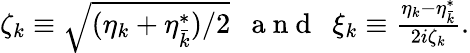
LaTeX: \begin{array}{r}{\zeta_{k}\equiv\sqrt{(\eta_{k}+\eta_{\bar{k}}^{*})/2}\ \ \mathrm{~a~n~d~}\ \ \xi_{k}\equiv\frac{\eta_{k}-\eta_{\bar{k}}^{*}}{2i\zeta_{k}}.}\end{array}